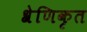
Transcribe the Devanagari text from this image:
श्रेणिकृत